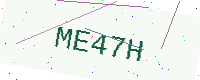
Text: ME47H